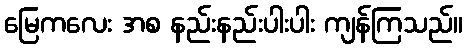
မြေကလေး အစ နည်းနည်းပါးပါး ကျန်ကြသည်။